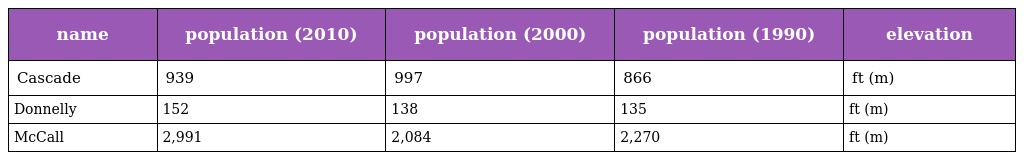
| name | population (2010) | population (2000) | population (1990) | elevation |
 | --- | --- | --- | --- | --- |
 | Cascade | 939 | 997 | 866 | ft (m) |
 | Donnelly | 152 | 138 | 135 | ft (m) |
 | McCall | 2,991 | 2,084 | 2,270 | ft (m) |